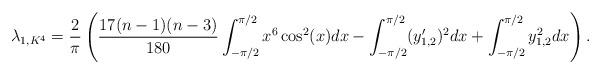
LaTeX: \begin{align*}\lambda_{1,K^4} &= \frac{2}{\pi}\left(\frac{17(n-1)(n-3)}{180}\int_{-\pi/2}^{\pi/2}x^6\cos^2(x)dx-\int_{-\pi/2}^{\pi/2}(y'_{1,2})^2dx +\int_{-\pi/2}^{\pi/2}y_{1,2}^2dx\right).\end{align*}